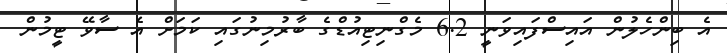
އެ ބިންހެލުން އައިސްފައިވަނީ 6.2 މެގްނިޓިއުޑްގެ ބާރުމިނުގައި ކަމަށް އެ ސާވޭ ޓީމުން